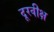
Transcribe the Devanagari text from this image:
दूरवीक्ष